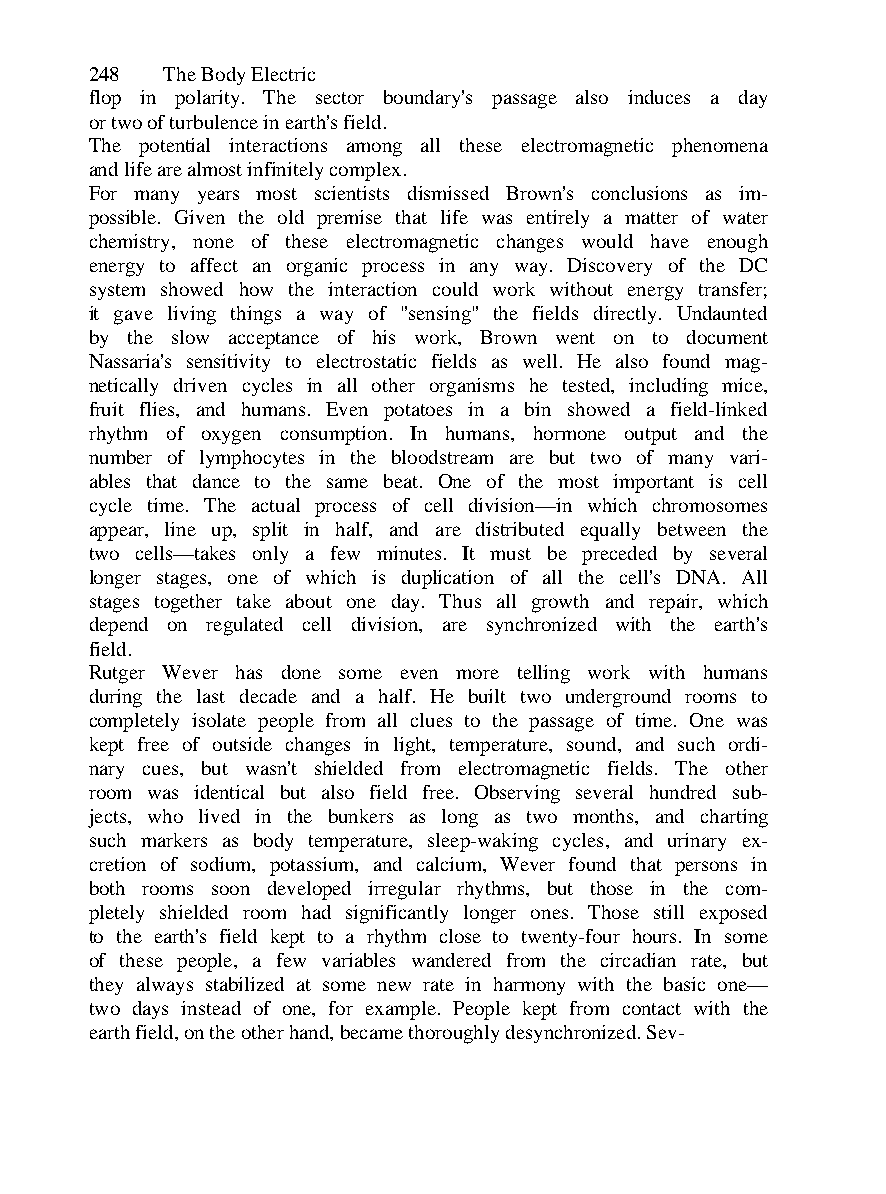
248  The Body Electric
 flop in polarity. The sector boundary's passage also induces a day
 or two of turbulence in earth's field.
 The potential interactions among all these electromagnetic phenomena
 and life are almost infinitely complex.
 For many years most scientists dismissed Brown's conclusions as im-
 possible. Given the old premise that life was entirely a matter of water
 chemistry, none of these electromagnetic changes would have enough
 energy to affect an organic process in any way. Discovery of the DC
 system showed how the interaction could work without energy transfer;
 it gave living things a way of "sensing" the fields directly. Undaunted
 by the slow acceptance of his work, Brown went on to document
 Nassaria's sensitivity to electrostatic fields as well. He also found mag-
 netically driven cycles in all other organisms he tested, including mice,
 fruit flies, and humans. Even potatoes in a bin showed a field-linked
 rhythm of oxygen consumption. In humans, hormone output and the
 number of lymphocytes in the bloodstream are but two of many vari-
 ables that dance to the same beat. One of the most important is cell
 cycle time. The actual process of cell division—in which chromosomes
 appear, line up, split in half, and are distributed equally between the
 two cells—takes only a few minutes. It must be preceded by several
 longer stages, one of which is duplication of all the cell's DNA. All
 stages together take about one day. Thus all growth and repair, which
 depend on regulated cell division, are synchronized with the earth's
 field.
 Rutger Wever has done some even more telling work with humans
 during the last decade and a half. He built two underground rooms to
 completely isolate people from all clues to the passage of time. One was
 kept free of outside changes in light, temperature, sound, and such ordi-
 nary cues, but wasn't shielded from electromagnetic fields. The other
 room was identical but also field free. Observing several hundred sub-
 jects, who lived in the bunkers as long as two months, and charting
 such markers as body temperature, sleep-waking cycles, and urinary ex-
 cretion of sodium, potassium, and calcium, Wever found that persons in
 both rooms soon developed irregular rhythms, but those in the com-
 pletely shielded room had significantly longer ones. Those still exposed
 to the earth's field kept to a rhythm close to twenty-four hours. In some
 of these people, a few variables wandered from the circadian rate, but
 they always stabilized at some new rate in harmony with the basic one—
 two days instead of one, for example. People kept from contact with the
 earth field, on the other hand, became thoroughly desynchronized. Sev-